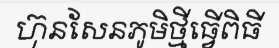
ហ៊ុនសែនភូមិថ្មីធ្វើពិធី